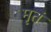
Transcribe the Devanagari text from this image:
मृतं